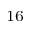
^ { 1 6 }